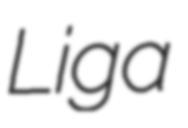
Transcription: Liga